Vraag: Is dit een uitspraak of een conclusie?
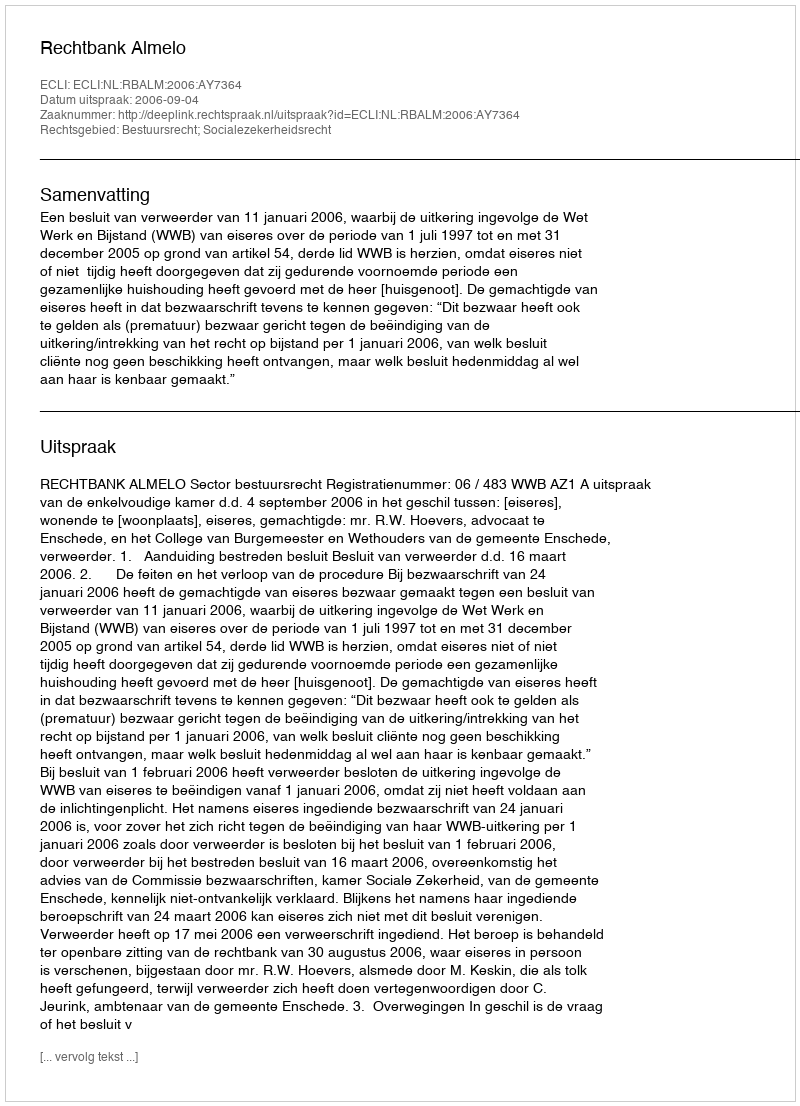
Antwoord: Uitspraak